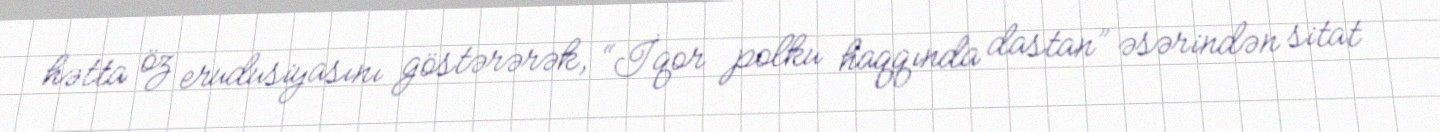
hətta öz erudusiyasını göstərərək, “İqor polku haqqında dastan” əsərindən sitat